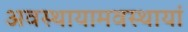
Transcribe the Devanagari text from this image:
अवस्थायामवस्थायां